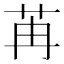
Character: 苒